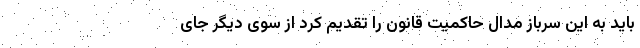
باید به این سرباز مدال حاکمیت قانون را تقدیم کرد از سوی دیگر جای